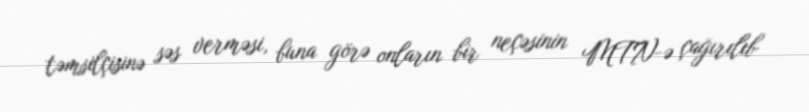
təmsilçisinə səs verməsi, buna görə onların bir neçəsinin MTN-ə çağırılıb